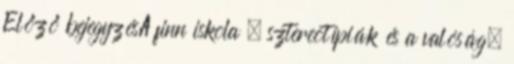
Előző bejegyzésA finn iskola – sztereotípiák és a valóság;